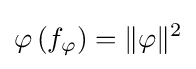
\varphi \left(f_{\varphi }\right)=\|\varphi \|^{2}